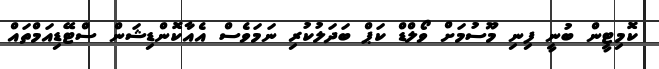
ކޮމިޓީން ބުނީ ފިނި މޫސުމަށް ވޯލްޑް ކަޕް ބަދަލުކުރި ނަމަވެސް އެއާކޮންޑިޝަން ސްޓޭޑިއަމްތައް